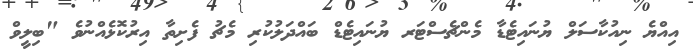
އިއްޔެ ނިއުކާސަލް ޔުނައިޓެޑާ މެންޗެސްޓަރ ޔުނައިޓެޑް ބައްދަލުކުރި މެޗު ފެށިތާ އިރުކޮޅެއްނުވެ "ބިލީވް